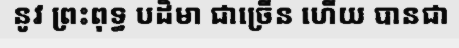
នូវ ព្រះពុទ្ធ បដិមា ជាច្រើន ហើយ បានជា